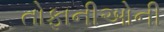
તોફાનીઓની